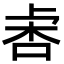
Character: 𣑅